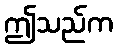
ဤသည်က